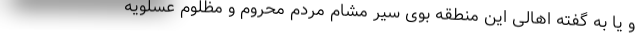
و یا به گفته‌ اهالی این منطقه بوی سیر مشام مردم محروم و مظلوم عسلویه